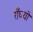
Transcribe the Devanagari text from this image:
राँघ्यो